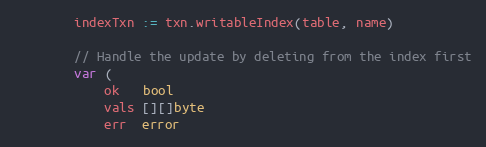
Language: Go
		indexTxn := txn.writableIndex(table, name)

		// Handle the update by deleting from the index first
		var (
			ok   bool
			vals [][]byte
			err  error